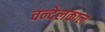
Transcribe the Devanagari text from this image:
चन्देलकाल